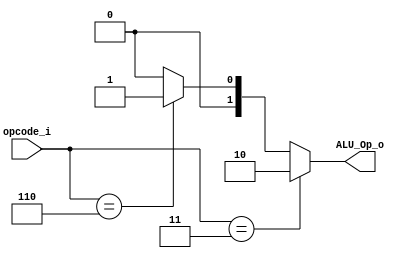
module ALUOpGen(
	opcode_i,
	ALU_Op_o
);
input [2:0] opcode_i;
output [1:0] ALU_Op_o;
assign ALU_Op_o=(opcode_i==3'b011)? 2'b10:
				(opcode_i==3'b110)? 2'b01:
				2'b00;
endmodule